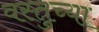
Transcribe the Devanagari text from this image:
वस्तुच्या